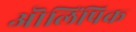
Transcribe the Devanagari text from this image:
ऒलिंपिक